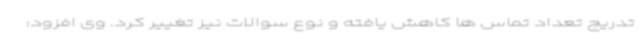
تدریج تعداد تماس ها کاهش یافته و نوع سوالات نیز تغییر کرد. وی افزود: